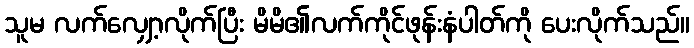
သူမ လက်လျှော့လိုက်ပြီး မိမိ၏လက်ကိုင်ဖုန်းနံပါတ်ကို ပေးလိုက်သည်။